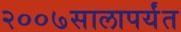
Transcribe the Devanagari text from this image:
२००७सालापर्यंत